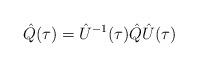
LaTeX: \begin{align*}\hat Q(\tau)=\hat U^{-1}(\tau)\hat Q\hat U(\tau)\end{align*}